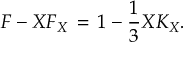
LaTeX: F - X F _ { X } \, = \, 1 - \frac { 1 } { 3 } X K _ { X } .